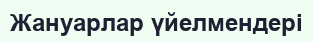
Жануарлар үйелмендері